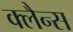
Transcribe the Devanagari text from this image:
क्लैन्स